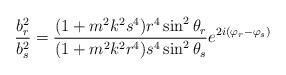
\begin{align*}\frac{b_r^2}{b_s^2}=\frac{(1+m^2k^2s^4)r^4\sin^2\theta_r}{(1+m^2k^2r^4)s^4\sin^2\theta_s}e^{2i(\varphi_r-\varphi_s)}\end{align*}